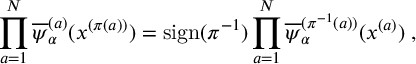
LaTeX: \prod _ { a = 1 } ^ { N } \overline { { { \psi } } } _ { \alpha } ^ { ( a ) } ( x ^ { ( \pi ( a ) ) } ) = \mathrm { s i g n } ( \pi ^ { - 1 } ) \prod _ { a = 1 } ^ { N } \overline { { { \psi } } } _ { \alpha } ^ { ( \pi ^ { - 1 } ( a ) ) } ( x ^ { ( a ) } ) \; ,